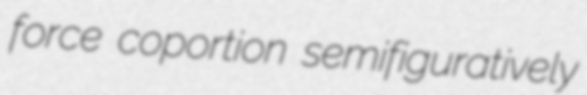
force coportion semifiguratively